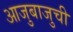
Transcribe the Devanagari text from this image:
आजुबाजुची